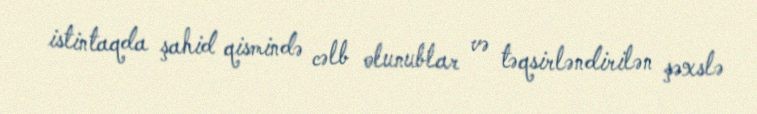
istintaqda şahid qismində cəlb olunublar və təqsirləndirilən şəxslə